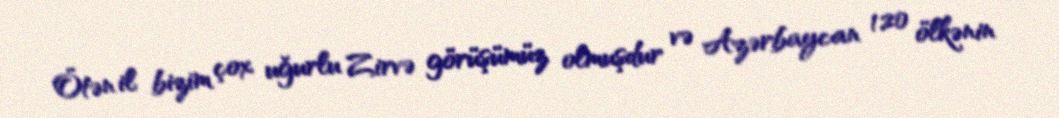
Ötən il bizim çox uğurlu Zirvə görüşümüz olmuşdur və Azərbaycan 120 ölkənin